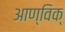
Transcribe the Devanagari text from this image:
आण्विक्